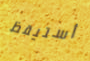
أستيقظ